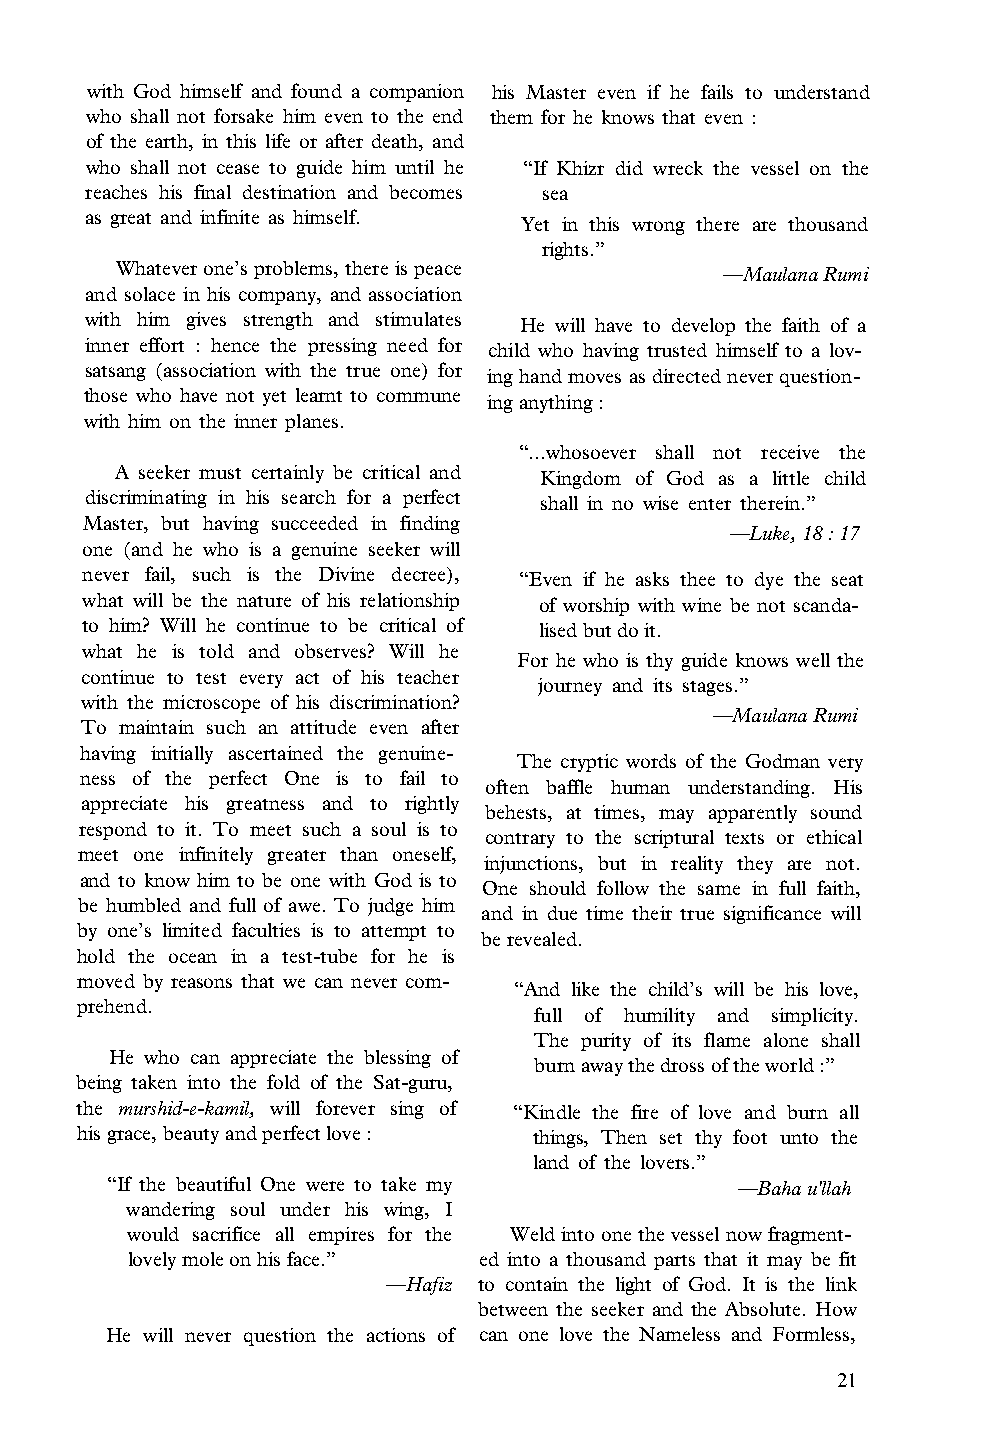
with God himself and found a companion his Master even if he fails to understand
 who shall not forsake him even to the end them for he knows that even :
 of the earth, in this life or after death, and
 who shall not cease to guide him until he “If Khizr did wreck the vessel on the
 reaches his final destination and becomes sea
 as great and infinite as himself. Yet in this wrong there are thousand
 rights.”
 Whatever one’s problems, there is peace
 —Maulana Rumi
 and solace in his company, and association
 with him gives strength and stimulates He will have to develop the faith of a
 inner effort : hence the pressing need for child who having trusted himself to a lov­
 satsang (association with the true one) for ing hand moves as directed never question­
 those who have not yet learnt to commune ing anything :
 with him on the inner planes.
 “...whosoever shall not receive the
 A seeker must certainly be critical and Kingdom of God as a little child
 discriminating in his search for a perfect shall in no wise enter therein.”
 Master, but having succeeded in finding
 —Luke, 18 : 17
 one (and he who is a genuine seeker will
 never fail, such is the Divine decree), “Even if he asks thee to dye the seat
 what will be the nature of his relationship of worship with wine be not scanda­
 to him? Will he continue to be critical of lised but do it.
 what he is told and observes? Will he
 For he who is thy guide knows well the
 continue to test every act of his teacher
 journey and its stages.”
 with the microscope of his discrimination?
 —Maulana Rumi
 To maintain such an attitude even after
 having initially ascertained the genuine­
 The cryptic words of the Godman very
 ness of the perfect One is to fail to
 often baffle human understanding. His
 appreciate his greatness and to rightly
 behests, at times, may apparently sound
 respond to it. To meet such a soul is to
 contrary to the scriptural texts or ethical
 meet one infinitely greater than oneself,
 injunctions, but in reality they are not.
 and to know him to be one with God is to
 One should follow the same in full faith,
 be humbled and full of awe. To judge him
 and in due time their true significance will
 by one’s limited faculties is to attempt to
 be revealed.
 hold the ocean in a test-tube for he is
 moved by reasons that we can never com­
 “And like the child’s will be his love,
 prehend.
 full of humility and simplicity.
 The purity of its flame alone shall
 He who can appreciate the blessing of
 burn away the dross of the world :”
 being taken into the fold of the Sat-guru,
 the murshid-e-kamil, will forever sing of “Kindle the fire of love and burn all
 his grace, beauty and perfect love : things, Then set thy foot unto the
 land of the lovers.”
 “If the beautiful One were to take my     —Baha u'llah
 wandering soul under his wing, I
 would sacrifice all empires for the Weld into one the vessel now fragment­
 lovely mole on his face.” ed into a thousand parts that it may be fit
 —Hafiz to contain the light of God. It is the link
 between the seeker and the Absolute. How
 He will never question the actions of can one love the Nameless and Formless,
 21